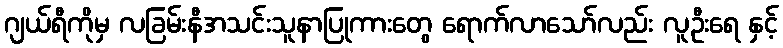
ဂျယ်ရီကိုမှ လခြမ်းနီအသင်းသူနာပြုကားတွေ ရောက်လာသော်လည်း လူဦးရေ နှင့်